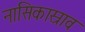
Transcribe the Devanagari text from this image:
नासिकास्राव